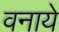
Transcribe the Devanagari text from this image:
वनाये